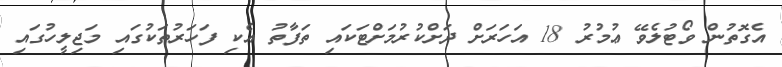
އެގޮތުން ވޯޓުލެވޭ ޢުމުރު 18 އަހަރަށް ދަށްކުރުމަށްޓަކައި ތަފާތު އެކި ފަހަރުތަކުގައި މަޖިލީހުގައި